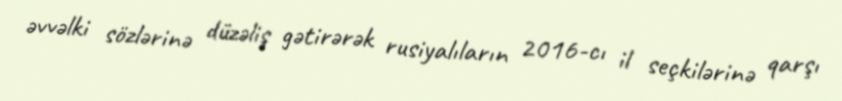
əvvəlki sözlərinə düzəliş gətirərək rusiyalıların 2016-cı il seçkilərinə qarşı